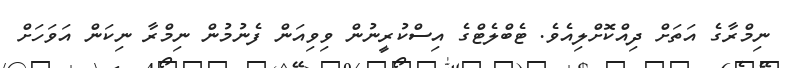
ނިމްރާގެ އަތަށް ދިއްކޮށްލިއެވެ. ޓެބްލެޓްގެ އިސްކުރީނުން ވިވިއަން ފެނުމުން ނިމްރާ ނިކަން އަވަހަށް